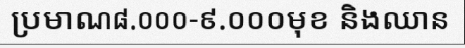
ប្រមាណ៨.០០០-៩.០០០មុខ និងឈាន